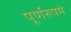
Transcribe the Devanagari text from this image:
पूर्णरुपमे